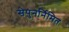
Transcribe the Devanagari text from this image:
सेपुनर्निमित